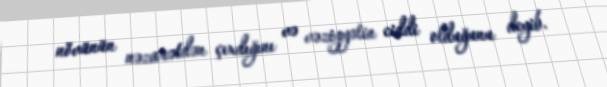
növünün nəzarətdən çıxdığını və vəziyyətin ciddi olduğunu deyib.